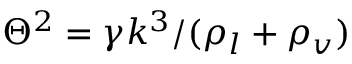
{ \Theta ^ { 2 } } = \gamma { k ^ { 3 } } / ( { \rho _ { l } } + { \rho _ { v } } )